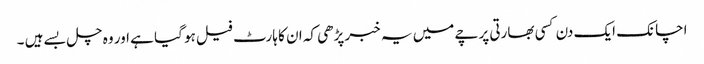
اچانک ایک دن کسی بھارتی پرچے میں یہ خبر پڑھی کہ ان کا ہارٹ فیل ہو گیا ہے اور وہ چل بسے ہیں ۔